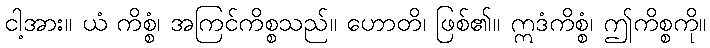
ငါ့အား။ ယံ ကိစ္စံ၊ အကြင်ကိစ္စသည်။ ဟောတိ၊ ဖြစ်၏။ ဣဒံကိစ္စံ၊ ဤကိစ္စကို။